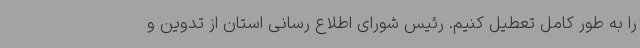
را به طور کامل تعطیل کنیم. رئیس شورای اطلاع رسانی استان از تدوین و